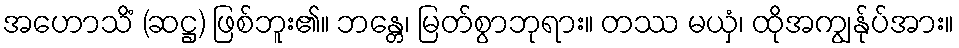
အဟောသိံ (ဆဋ္ဌ) ဖြစ်ဘူး၏။ ဘန္တေ၊ မြတ်စွာဘုရား။ တဿ မယှံ၊ ထိုအကျွန်ုပ်အား။